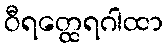
ဝီရတ္ထေရဂါထာ